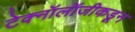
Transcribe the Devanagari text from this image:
टेक्नॉलॉजीकडून